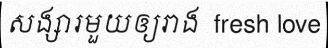
សង្សារមួយឲ្យរាង  fresh love